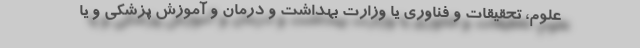
علوم، تحقیقات و فناوری یا وزارت بهداشت و درمان و آموزش پزشکی و یا